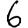
Digit: 6